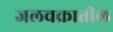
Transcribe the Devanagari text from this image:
जलचक्रातील